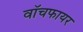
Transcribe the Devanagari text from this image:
वॉचफायर